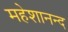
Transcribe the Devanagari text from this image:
महेशानन्द